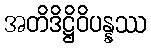
အတိဒိဋ္ဌိဝိပန္နဿ